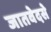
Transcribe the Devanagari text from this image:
जातवेदसे